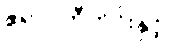
ဧရာဝတီတိုင်းနှင့်